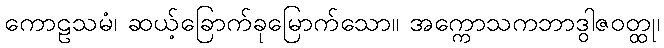
ကောဠသမံ၊ ဆယ့်ခြောက်ခုမြောက်သော။ အက္ကောသကဘာဒွါဇဝတ္ထု၊